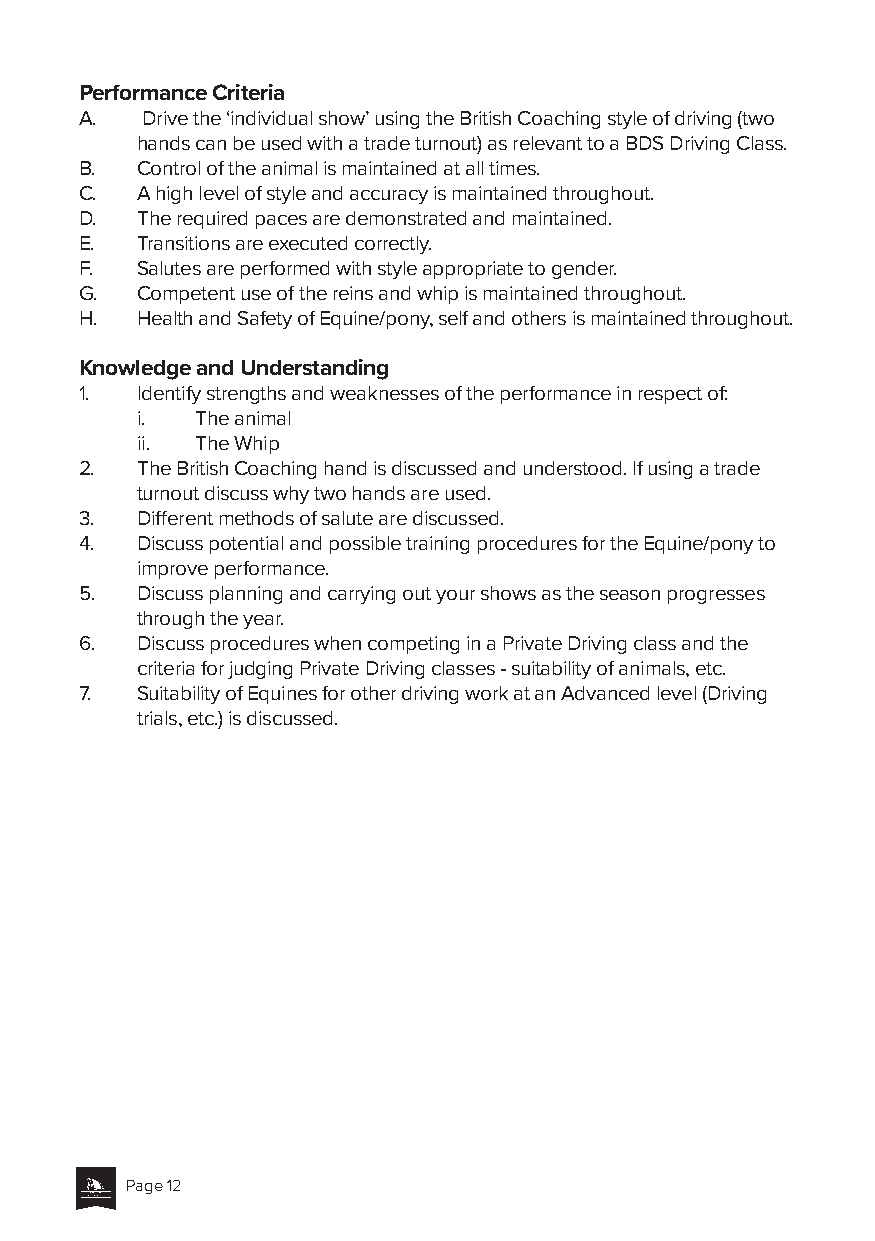
Performance Criteria
 A.  Drive the ‘individual show’ using the British Coaching style of driving (two
 hands can be used with a trade turnout) as relevant to a BDS Driving Class.
 B.  Control of the animal is maintained at all times.
 C.  A high level of style and accuracy is maintained throughout.
 D.  The required paces are demonstrated and maintained.
 E.  Transitions are executed correctly.
 F.  Salutes are performed with style appropriate to gender.
 G.  Competent use of the reins and whip is maintained throughout.
 H.  Health and Safety of Equine/pony, self and others is maintained throughout.
 Knowledge and Understanding
 1.  Identify strengths and weaknesses of the performance in respect of:
 i.  The animal
 ii. The Whip
 2.  The British Coaching hand is discussed and understood. If using a trade
 turnout discuss why two hands are used.
 3.  Different methods of salute are discussed.
 4.  Discuss potential and possible training procedures for the Equine/pony to
 improve performance.
 5.  Discuss planning and carrying out your shows as the season progresses
 through the year.
 6.  Discuss procedures when competing in a Private Driving class and the
 criteria for judging Private Driving classes - suitability of animals, etc.
 7.  Suitability of Equines for other driving work at an Advanced level (Driving
 trials, etc.) is discussed.
 Page 12